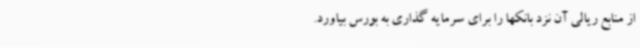
از منابع ریالی آن نزد بانکها را برای سرمایه گذاری به بورس بیاورد.